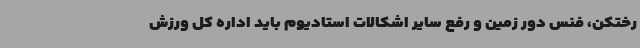
رختکن، فنس دور زمین و رفع سایر اشکالات استادیوم باید اداره کل ورزش